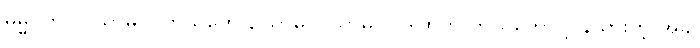
ဓမ္မဂုတ်။ ။ သာဓုပါ ကိုယ်တော်, သာဓုပါ သာဓုပါ၊ ဒါထက် ကိုယ်တော် ပြန်သွားတဲ့ အခါ